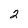
Character: 2